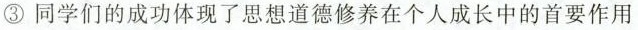
③同学们的成功体现了思想道德修养在个人成长中的首要作用